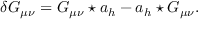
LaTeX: \delta G _ { \mu \nu } = G _ { \mu \nu } \star a _ { h } - a _ { h } \star G _ { \mu \nu } .